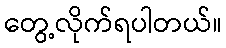
တွေ့လိုက်ရပါတယ်။